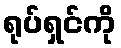
ရုပ်ရှင်ကို